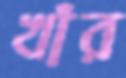
খাঁর